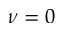
\nu = 0